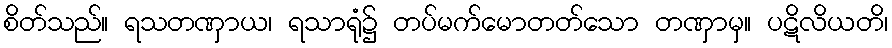
စိတ်သည်။ ရသတဏှာယ၊ ရသာရုံ၌ တပ်မက်မောတတ်သော တဏှာမှ။ ပဋိလိယတိ၊